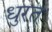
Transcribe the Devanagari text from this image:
धुरत